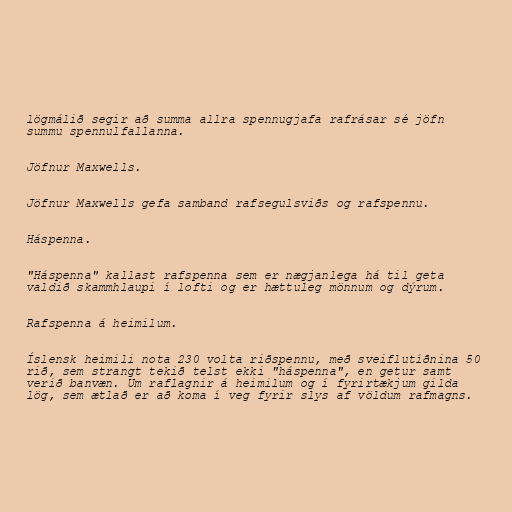
lögmálið segir að summa allra spennugjafa rafrásar sé jöfn
summu spennulfallanna.

Jöfnur Maxwells.

Jöfnur Maxwells gefa samband rafsegulsviðs og rafspennu.

Háspenna.

"Háspenna" kallast rafspenna sem er nægjanlega há til geta
valdið skammhlaupi í lofti og er hættuleg mönnum og dýrum.

Rafspenna á heimilum.

Íslensk heimili nota 230 volta riðspennu, með sveiflutíðnina 50
rið, sem strangt tekið telst ekki "háspenna", en getur samt
verið banvæn. Um raflagnir á heimilum og í fyrirtækjum gilda
lög, sem ætlað er að koma í veg fyrir slys af völdum rafmagns.